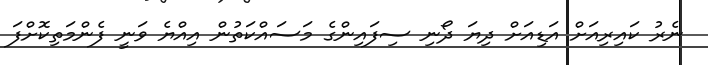
ނެރު ކައިރިއަށް އަޑިއަށް ދިޔަ ދޯނި ސިފައިންގެ މަސައްކަތުން އިއްޔެ ވަނީ ފެންމަތިކޮށްފަ